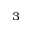
^ 3